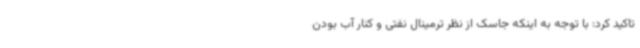
تاکید کرد: با توجه به اینکه جاسک از نظر ترمینال نفتی و کنار آب بودن